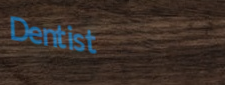
Dentist